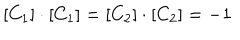
[ C _ { 1 } ] \cdot [ C _ { 1 } ] = [ C _ { 2 } ] \cdot [ C _ { 2 } ] = - 1